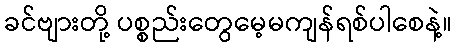
ခင်ဗျားတို့ ပစ္စည်းတွေမေ့မကျန်ရစ်ပါစေနဲ့။